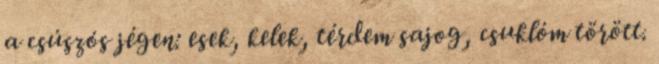
a csúszós jégen: esek, kelek, térdem sajog, csuklóm törött.